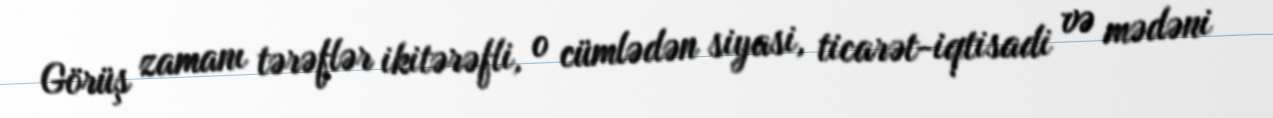
Görüş zamanı tərəflər ikitərəfli, o cümlədən siyasi, ticarət-iqtisadi və mədəni